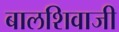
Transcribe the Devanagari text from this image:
बालशिवाजी